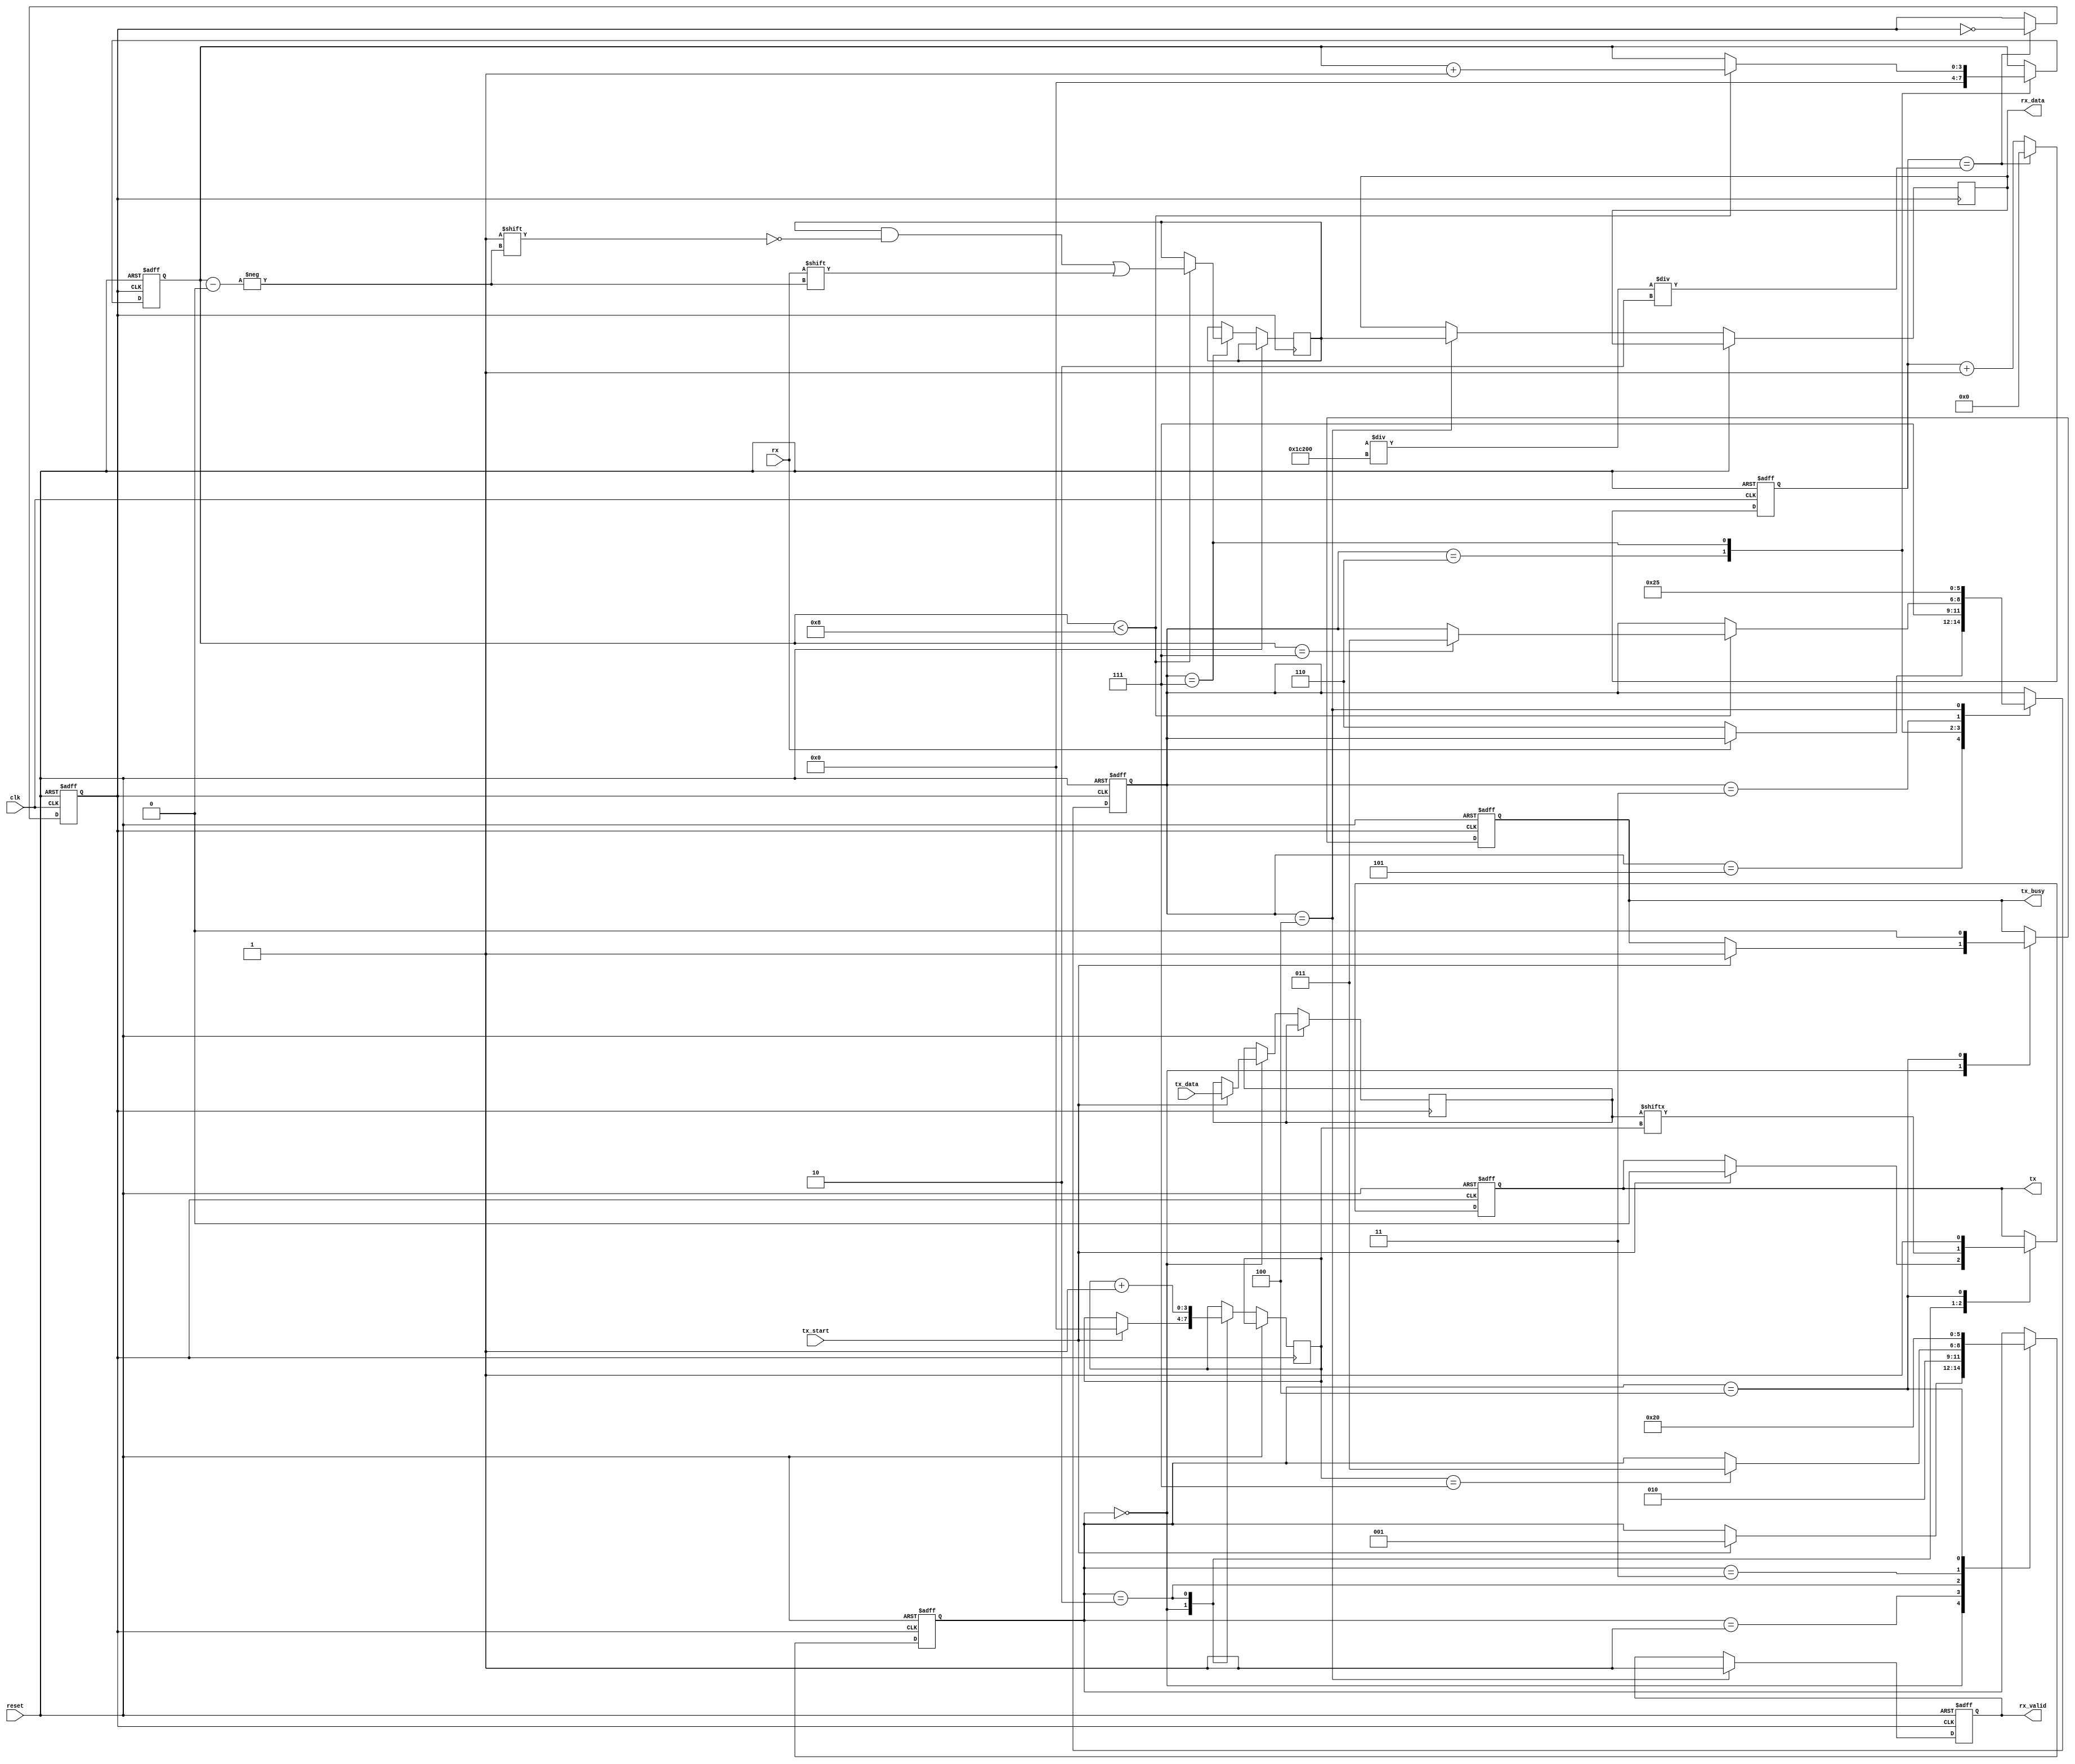
module parameterized_uart #(
    parameter BAUD_RATE = 115200,
    parameter DATA_WIDTH = 8,
    parameter STOP_BITS = 1,
    parameter PARITY = "NONE"
)(
    input wire clk,
    input wire reset,
    input wire [DATA_WIDTH-1:0] tx_data,
    input wire tx_start,
    input wire rx,
    
    output reg tx,
    output reg [DATA_WIDTH-1:0] rx_data,
    output reg rx_valid,
    output reg tx_busy
);

    // Baud rate generation logic
    reg [15:0] clk_div; // Adjust size based on your frequency
    reg clk_baud;
    
    // State definitions
    localparam IDLE     = 3'b000;
    localparam START    = 3'b001;
    localparam DATA     = 3'b010;
    localparam PARITY   = 3'b011;
    localparam STOP     = 3'b100;
    localparam RX_IDLE  = 3'b101;
    localparam RX_START = 3'b110;
    localparam RX_DATA  = 3'b111;

    // Variables for transmitter state machine
    reg [2:0] tx_state;
    reg [3:0] bit_count;
    reg [DATA_WIDTH-1:0] shift_reg;
    
    // Variables for receiver state machine
    reg [2:0] rx_state;
    reg [3:0] rx_bit_count;
    reg [DATA_WIDTH-1:0] rx_shift_reg;
    reg parity_bit;

    // Clock division for baud rate generation
    always @(posedge clk or posedge reset) begin
        if (reset) begin
            clk_div <= 0;
            clk_baud <= 0;
        end else begin
            clk_div <= clk_div + 1;
            if (clk_div == (YOUR_SYSTEM_CLOCK_FREQ / BAUD_RATE) / 2) begin
                clk_baud <= ~clk_baud;
                clk_div <= 0;
            end
        end
    end

    // Transmit process
    always @(posedge clk_baud or posedge reset) begin
        if (reset) begin
            tx_state <= IDLE;
            tx_busy <= 0;
            tx <= 1; // Idle state for UART is high
        end else begin
            case (tx_state)
                IDLE: begin
                    if (tx_start) begin
                        shift_reg <= tx_data;
                        tx_busy <= 1;
                        tx <= 0; // Start bit
                        bit_count <= 0;
                        tx_state <= START;
                    end
                end
                START: begin
                    tx_state <= (DATA_WIDTH > 0) ? DATA : (STOP_BITS > 0) ? STOP : IDLE;
                end
                DATA: begin
                    tx <= shift_reg[bit_count];
                    bit_count <= bit_count + 1;
                    if (bit_count == DATA_WIDTH - 1) begin
                        if (PARITY != "NONE") begin
                            tx_state <= PARITY;
                        end else begin
                            tx_state <= (STOP_BITS > 0) ? STOP : IDLE;
                        end
                    end
                end
                PARITY: begin
                    // Calculate and transmit parity bit if needed
                    // Add parity logic here
                    tx_state <= (STOP_BITS > 0) ? STOP : IDLE;
                end
                STOP: begin
                    tx <= 1; // Stop bit
                    tx_busy <= 0;
                    tx_state <= IDLE;
                end
            endcase
        end
    end

    // Receive process
    always @(posedge clk_baud or posedge reset) begin
        if (reset) begin
            rx_state <= RX_IDLE;
            rx_valid <= 0;
            rx_bit_count <= 0;
        end else begin
            case (rx_state)
                RX_IDLE: begin
                    if (rx == 0) begin // Start bit detected
                        rx_state <= RX_START;
                    end
                end
                RX_START: begin
                    rx_state <= RX_DATA;
                    rx_bit_count <= 0;
                end
                RX_DATA: begin
                    if (rx_bit_count < DATA_WIDTH) begin
                        rx_shift_reg[rx_bit_count] <= rx; // Capture data bit
                        rx_bit_count <= rx_bit_count + 1;
                        if (rx_bit_count == DATA_WIDTH - 1) begin
                            rx_state <= (PARITY != "NONE") ? PARITY : STOP;
                        end
                    end
                end
                PARITY: begin
                    // Add parity check logic here (validations and updating rx_valid accordingly)
                    rx_state <= STOP;
                end
                STOP: begin
                    // Check stop bits
                    rx_valid <= 1;
                    rx_data <= rx_shift_reg;
                    rx_state <= RX_IDLE;
                end
            endcase
        end
    end

endmodule